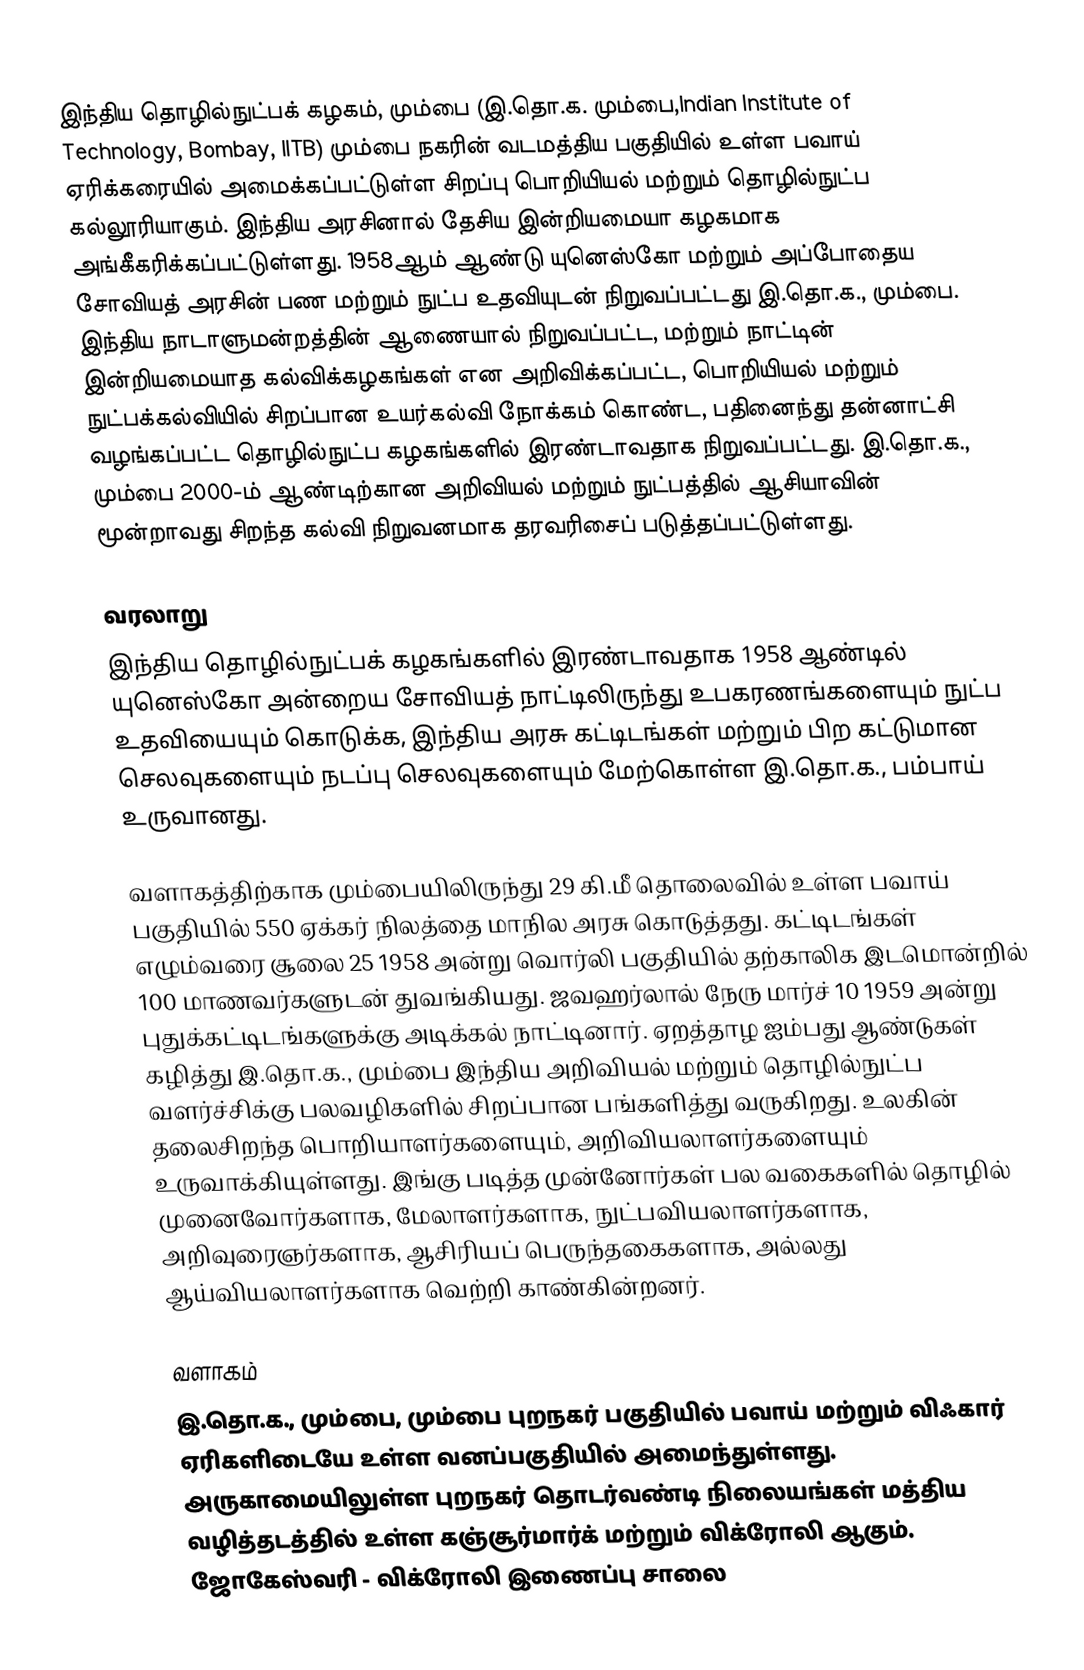
இந்திய தொழில்நுட்பக் கழகம், மும்பை (இ.தொ.க. மும்பை,Indian Institute of Technology, Bombay, IITB) மும்பை நகரின் வடமத்திய பகுதியில் உள்ள பவாய் ஏரிக்கரையில் அமைக்கப்பட்டுள்ள சிறப்பு பொறியியல் மற்றும் தொழில்நுட்ப கல்லூரியாகும். இந்திய அரசினால் தேசிய இன்றியமையா கழகமாக அங்கீகரிக்கப்பட்டுள்ளது. 1958ஆம் ஆண்டு யுனெஸ்கோ மற்றும் அப்போதைய சோவியத் அரசின் பண மற்றும் நுட்ப உதவியுடன் நிறுவப்பட்டது இ.தொ.க., மும்பை. இந்திய நாடாளுமன்றத்தின் ஆணையால் நிறுவப்பட்ட, மற்றும் நாட்டின் இன்றியமையாத கல்விக்கழகங்கள் என அறிவிக்கப்பட்ட, பொறியியல் மற்றும் நுட்பக்கல்வியில் சிறப்பான உயர்கல்வி நோக்கம் கொண்ட, பதினைந்து தன்னாட்சி வழங்கப்பட்ட தொழில்நுட்ப கழகங்களில் இரண்டாவதாக நிறுவப்பட்டது. இ.தொ.க., மும்பை 2000-ம் ஆண்டிற்கான அறிவியல் மற்றும் நுட்பத்தில் ஆசியாவின் மூன்றாவது சிறந்த கல்வி நிறுவனமாக தரவரிசைப் படுத்தப்பட்டுள்ளது.

வரலாறு
இந்திய தொழில்நுட்பக் கழகங்களில் இரண்டாவதாக 1958 ஆண்டில் யுனெஸ்கோ அன்றைய சோவியத் நாட்டிலிருந்து உபகரணங்களையும் நுட்ப உதவியையும் கொடுக்க, இந்திய அரசு கட்டிடங்கள் மற்றும் பிற கட்டுமான செலவுகளையும் நடப்பு செலவுகளையும் மேற்கொள்ள இ.தொ.க., பம்பாய் உருவானது.

வளாகத்திற்காக மும்பையிலிருந்து 29 கி.மீ தொலைவில் உள்ள பவாய் பகுதியில் 550 ஏக்கர் நிலத்தை மாநில அரசு கொடுத்தது. கட்டிடங்கள் எழும்வரை சூலை 25 1958 அன்று வொர்லி பகுதியில் தற்காலிக இடமொன்றில் 100 மாணவர்களுடன் துவங்கியது.  ஜவஹர்லால் நேரு மார்ச் 10 1959 அன்று புதுக்கட்டிடங்களுக்கு அடிக்கல் நாட்டினார். ஏறத்தாழ ஐம்பது ஆண்டுகள் கழித்து இ.தொ.க., மும்பை இந்திய அறிவியல் மற்றும் தொழில்நுட்ப வளர்ச்சிக்கு பலவழிகளில் சிறப்பான பங்களித்து வருகிறது. உலகின் தலைசிறந்த பொறியாளர்களையும், அறிவியலாளர்களையும் உருவாக்கியுள்ளது. இங்கு படித்த முன்னோர்கள் பல வகைகளில் தொழில் முனைவோர்களாக, மேலாளர்களாக, நுட்பவியலாளர்களாக, அறிவுரைஞர்களாக, ஆசிரியப் பெருந்தகைகளாக, அல்லது ஆய்வியலாளர்களாக வெற்றி காண்கின்றனர்.

வளாகம்
இ.தொ.க., மும்பை, மும்பை புறநகர் பகுதியில் பவாய் மற்றும் விஃகார் ஏரிகளிடையே உள்ள வனப்பகுதியில் அமைந்துள்ளது. அருகாமையிலுள்ள புறநகர் தொடர்வண்டி நிலையங்கள் மத்திய வழித்தடத்தில் உள்ள கஞ்சூர்மார்க் மற்றும் விக்ரோலி ஆகும். ஜோகேஸ்வரி - விக்ரோலி இணைப்பு சாலை